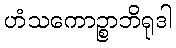
ဟံသကောဉ္စာဘိရုဒါ